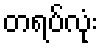
တရပ်လုံး